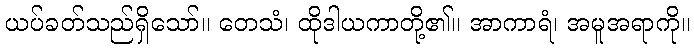
ယပ်ခတ်သည်ရှိသော်။ တေသံ၊ ထိုဒါယကာတို့၏။ အာကာရံ၊ အမူအရာကို။